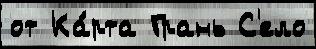
от Ка́рта Грань С'ело